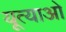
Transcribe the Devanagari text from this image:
यूत्याओ